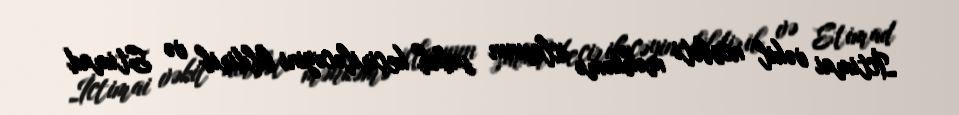
İctimai vəkil növbəti məhkəmə iclasının sabah keçiriləcəyini bildirib və Etimad